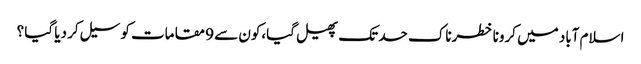
اسلام آباد میں کرونا خطرناک حد تک پھیل گیا،کون سے 9 مقامات کو سیل کر دیا گیا ؟